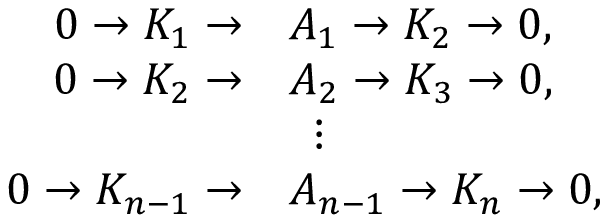
{ \begin{array} { r l } { 0 \rightarrow K _ { 1 } \rightarrow } & { A _ { 1 } \rightarrow K _ { 2 } \rightarrow 0 , } \\ { 0 \rightarrow K _ { 2 } \rightarrow } & { A _ { 2 } \rightarrow K _ { 3 } \rightarrow 0 , } \\ & { \ \, \vdots } \\ { 0 \rightarrow K _ { n - 1 } \rightarrow } & { A _ { n - 1 } \rightarrow K _ { n } \rightarrow 0 , } \end{array} }